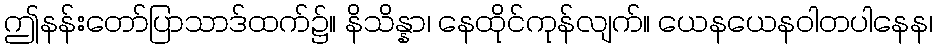
ဤနန်းတော်ပြာသာဒ်ထက်၌။ နိသိန္နာ၊ နေထိုင်ကုန်လျက်။ ယေနယေနဝါတပါနေန၊